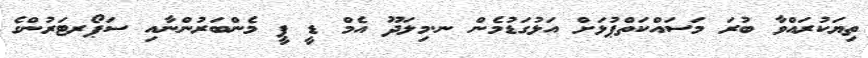
ތިޔަކުރައްވާ ބުރަ މަސައްކަތްޕުޅަށް އަޅުގަޑުމެން ނ.މިލަދޫ އެމް ޑީ ޕީ މެންބަރުންނާއި ސަޕޯރޓަރުންގެ